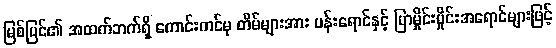
မြစ်ပြင်၏ အထက်ဘက်ရှိ ကောင်းကင်မှ တိမ်များအား ပန်းရောင်နှင့် ပြာမှိုင်းမှိုင်းအရောင်များဖြင့်